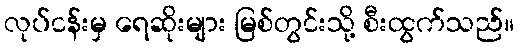
လုပ်ငန်းမှ ရေဆိုးများ မြစ်တွင်းသို့ စီးထွက်သည်။